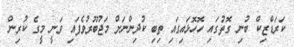
ކަރަޑްޒިކް ބުނި ގޮތުގައި ހޮހޮޅައިގައި ތިބި ކުދިންނަށް މަޖުބޫރުވެފައި ވަނީ މީގެ ކުރިން